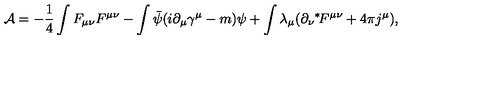
{ \cal A } = - \frac { 1 } { 4 } \int F _ { \mu \nu } F ^ { \mu \nu } - \int \bar { \psi } ( i \partial _ { \mu } \gamma ^ { \mu } - m ) \psi + \int \lambda _ { \mu } ( \partial _ { \nu } \mathrm { } ^ { * } \! F ^ { \mu \nu } + 4 \pi j ^ { \mu } ) ,